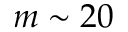
m \sim 2 0